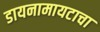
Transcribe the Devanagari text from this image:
डायनामायटाचा